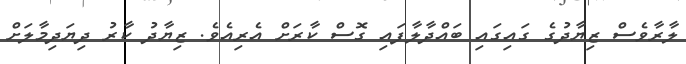
ލާރާވެސް ޒިޔާދުގެ ގައިގައި ބައްދާލާފައި ގޮސް ކާރަށް އެރިއެވެ. ޒިޔާދު ކާރު ދިޔަދިމާލަށް